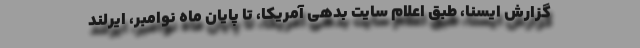
گزارش ایسنا، طبق اعلام سایت بدهی آمریکا، تا پایان ماه نوامبر، ایرلند